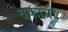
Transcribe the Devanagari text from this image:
वर्फानी